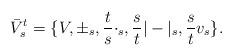
LaTeX: \begin{align*}\bar{V}^{t}_{s}=\{V,\pm_{s},\frac{t}{s}\cdot_{s},\frac{s}{t}|-|_{s}, \frac{s}{t}v_{s}\}.\end{align*}